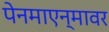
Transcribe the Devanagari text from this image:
पेनमाएन्मावर